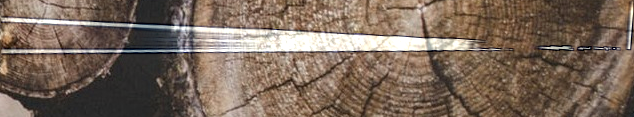
lower prices